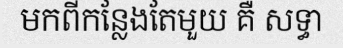
មកពីកន្លែងតែមួយ គឺ សទ្ធា